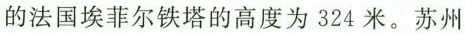
的法国埃菲尔铁塔的高度为324米。苏州